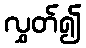
လွှတ်၍